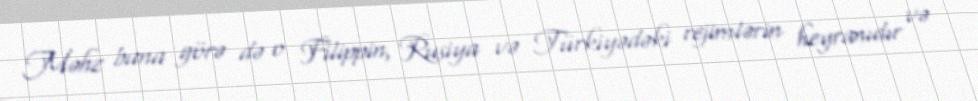
Məhz buna görə də o Filippin, Rusiya və Türkiyədəki rejimlərin heyranıdır və